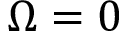
\Omega = 0